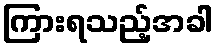
ကြားရသည့်အခါ